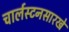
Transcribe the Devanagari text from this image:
चार्लस्टनसारखे